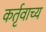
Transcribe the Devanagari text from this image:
कर्तृवाच्य